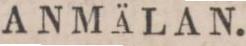
ANMÄLAN.